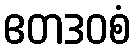
ဧတဒဝစံ